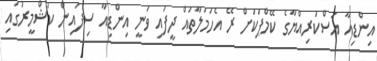
އިންޑިއާ އަސްކަރިއްޔާގެ ކޭމްޕަކަށް ރޭ އެހަމަލާތައް ދީފައި ވަނީ އިންޑިއާ ސިފައިން ކަޝްމީރުގައި